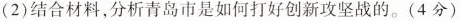
(2)结合材料，分析青岛市是如何打好创新攻坚战的。(4分)